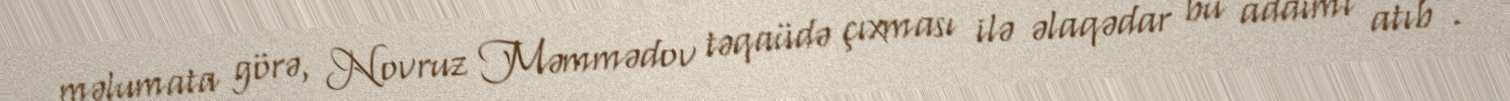
məlumata görə, Novruz Məmmədov təqaüdə çıxması ilə əlaqədar bu addımı atıb”.